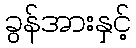
ခွန်အားနှင့်